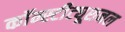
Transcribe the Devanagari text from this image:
कॉन्स्टीट्यूशनल